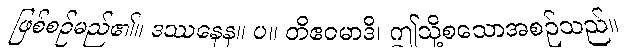
ဖြစ်စဉ်မည်၏။ ဒဿနေန။ ပ။ တိဧဝမာဒိ၊ ဤသို့စသောအစဉ်သည်။